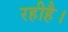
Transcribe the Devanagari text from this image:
रहीहै।